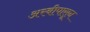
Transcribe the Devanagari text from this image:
अरबीपासून